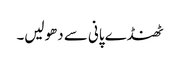
ٹھنڈے پانی سے دھولیں۔